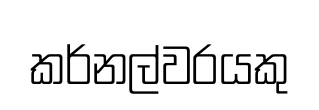
කර්නල්වරයකු